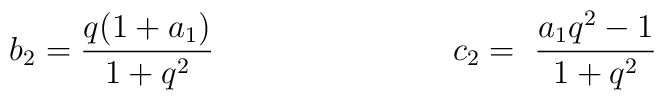
b_{2}=\frac{q(1+a_{1})}{1+q^{2}}\ \ \ \ \ \ \ \ \ \ \ \ \ \ \ \ \ \ \ \ \ \\ \ \ c_{2}=\ \frac{a_{1}q^{2}-1}{1+q^{2}}\